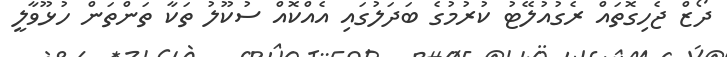
ދޯޒް ޖެހިގޮތައް ރެގުއުލޭޓު ކުރުމުގެ ބަދަލުގައި އެއްކޮއް ސުކޫލު ތަކާ ތަންތަން ހުޅޫވާލީ